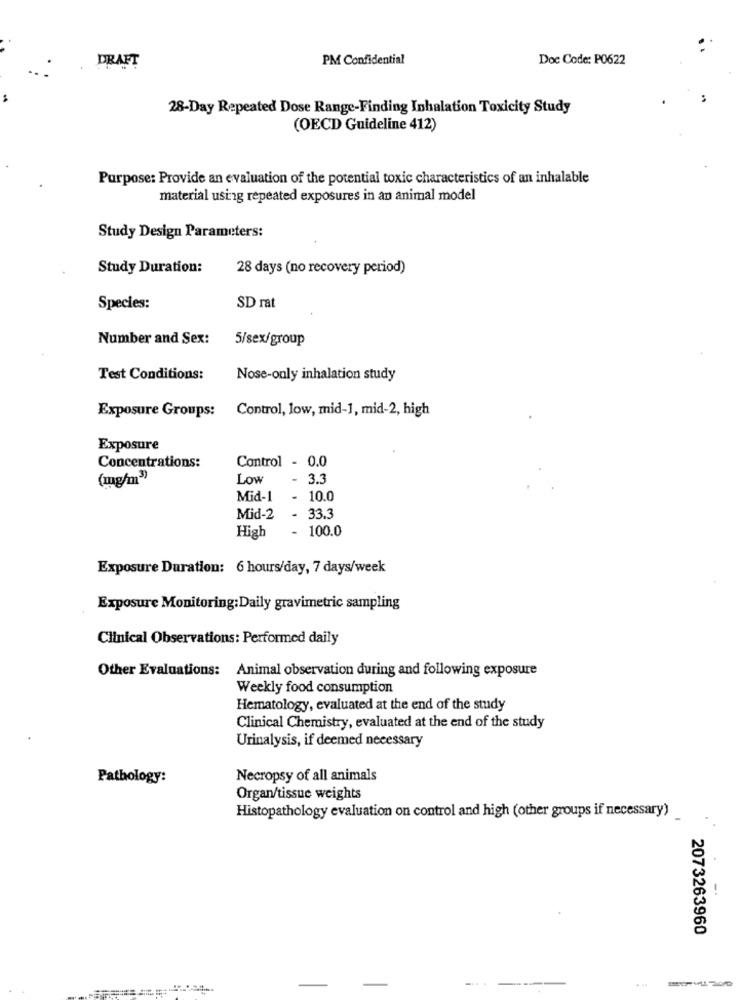
DRAFT
PM Confidential
Doc Code: P0622
28-Day Repeated Dose Range-Finding Inhalation Toxicity Study
(OECD Guideline 412)
Purpose: Provide an evaluation of the potential toxic characteristics of an inhalable
material using repeated exposures in an animal model
Study Design Parameters:
Study Duration:
28 days (no recovery period)
Species:
SD rat
Number and Sex:
5/sex/group
Test Conditions:
Nose-only inhalation study
Exposure Groups: Control, low, mid-1, mid-2, high
Exposure
Control - 0.0
Concentrations:
(mg/m3)
Low
- 3.3
Mid-1
- 10.0
Mid-2
33.3
100.0
High
Exposure Duration: 6 hours/day, 7 days/week
Exposure Monitoring:Daily gravimetric sampling
Clinical Observations: Performed daily
Other Evaluations: Animal observation during and following exposure
Weekly food consumption
Hematology, evaluated at the end of the study
Clinical Chemistry, evaluated at the end of the study
Urinalysis, if deemed necessary
Pathology:
Necropsy of all animals
Organ/tissue weights
Histopathology evaluation on control and high (other groups if necessary)
2073263960